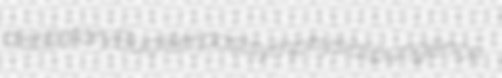
distillatory Buckler postsymphysial pungence